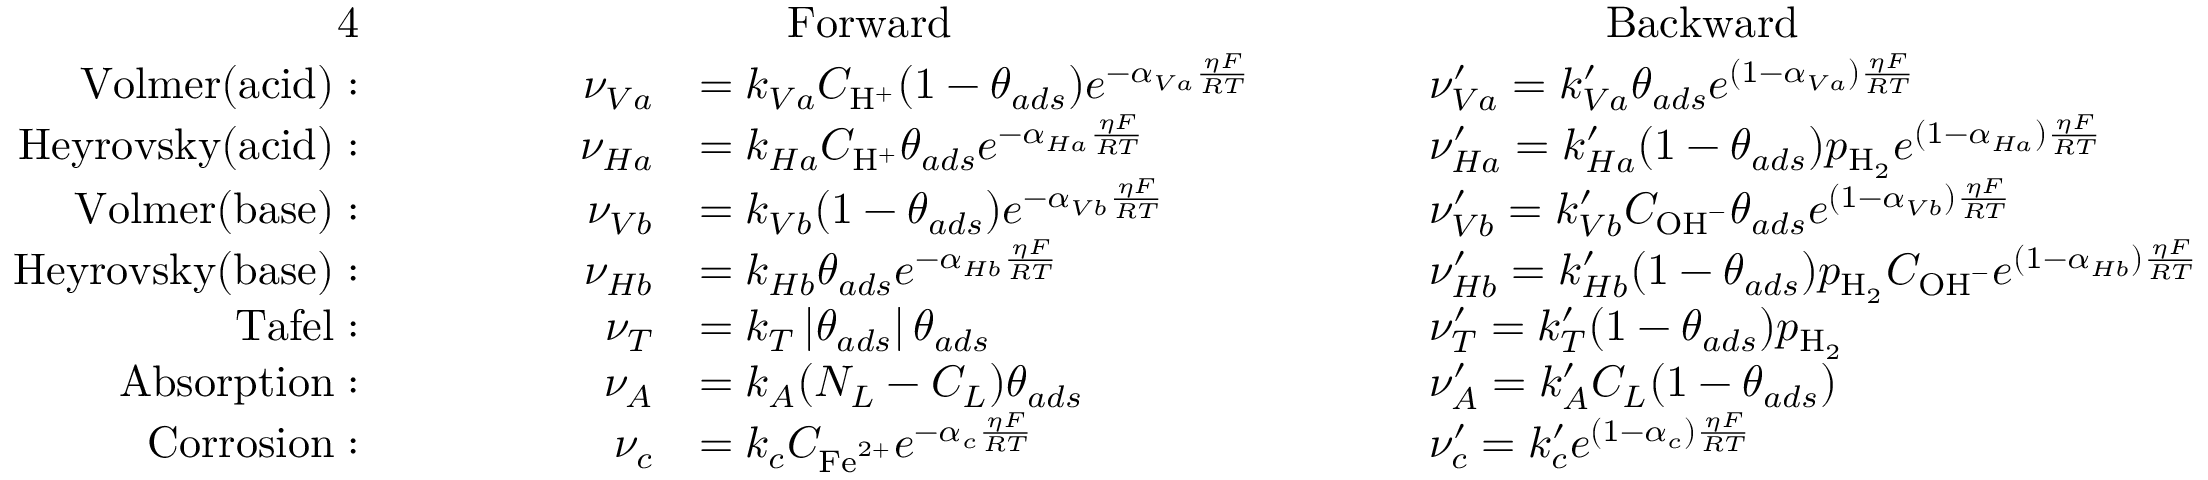
\begin{array} { r l r l r l r l } { { 4 } } & { } & & { } & & { \qquad \mathrm { F o r w a r d } } & & { \qquad \qquad \mathrm { B a c k w a r d } } \\ { \mathrm { V o l m e r ( a c i d ) : } } & { } & { \quad } & { } & { \nu _ { V a } } & { = k _ { V a } C _ { \mathrm { H } ^ { + } } ( 1 - \theta _ { a d s } ) e ^ { - \alpha _ { V a } \frac { \eta F } { R T } } \qquad } & & { \nu _ { V a } ^ { \prime } = k _ { V a } ^ { \prime } \theta _ { a d s } e ^ { ( 1 - \alpha _ { V a } ) \frac { \eta F } { R T } } } \\ { \mathrm { H e y r o v s k y ( a c i d ) : } } & { } & & { } & { \nu _ { H a } } & { = k _ { H a } C _ { \mathrm { H } ^ { + } } \theta _ { a d s } e ^ { - \alpha _ { H a } \frac { \eta F } { R T } } \qquad } & & { \nu _ { H a } ^ { \prime } = k _ { H a } ^ { \prime } ( 1 - \theta _ { a d s } ) p _ { \mathrm { H } _ { 2 } } e ^ { ( 1 - \alpha _ { H a } ) \frac { \eta F } { R T } } } \\ { \mathrm { V o l m e r ( b a s e ) : } } & { } & & { } & { \nu _ { V b } } & { = k _ { V b } ( 1 - \theta _ { a d s } ) e ^ { - \alpha _ { V b } \frac { \eta F } { R T } } \qquad } & & { \nu _ { V b } ^ { \prime } = k _ { V b } ^ { \prime } C _ { \mathrm { O H } ^ { - } } \theta _ { a d s } e ^ { ( 1 - \alpha _ { V b } ) \frac { \eta F } { R T } } } \\ { \mathrm { H e y r o v s k y ( b a s e ) : } } & { } & & { } & { \nu _ { H b } } & { = k _ { H b } \theta _ { a d s } e ^ { - \alpha _ { H b } \frac { \eta F } { R T } } \qquad } & & { \nu _ { H b } ^ { \prime } = k _ { H b } ^ { \prime } ( 1 - \theta _ { a d s } ) p _ { \mathrm { H } _ { 2 } } C _ { \mathrm { O H } ^ { - } } e ^ { ( 1 - \alpha _ { H b } ) \frac { \eta F } { R T } } } \\ { \mathrm { T a f e l : } } & { } & & { } & { \nu _ { T } } & { = k _ { T } \left| \theta _ { a d s } \right| \theta _ { a d s } \qquad } & & { \nu _ { T } ^ { \prime } = k _ { T } ^ { \prime } ( 1 - \theta _ { a d s } ) p _ { \mathrm { H } _ { 2 } } } \\ { \mathrm { A b s o r p t i o n : } } & { } & & { } & { \nu _ { A } } & { = k _ { A } ( N _ { L } - C _ { L } ) \theta _ { a d s } \qquad } & & { \nu _ { A } ^ { \prime } = k _ { A } ^ { \prime } C _ { L } ( 1 - \theta _ { a d s } ) } \\ { \mathrm { C o r r o s i o n : } } & { } & & { } & { \nu _ { c } } & { = k _ { c } C _ { \mathrm { F e } ^ { 2 + } } e ^ { - \alpha _ { c } \frac { \eta F } { R T } } \qquad } & & { \nu _ { c } ^ { \prime } = k _ { c } ^ { \prime } e ^ { ( 1 - \alpha _ { c } ) \frac { \eta F } { R T } } } \end{array}